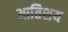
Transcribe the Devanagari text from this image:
आतिशय